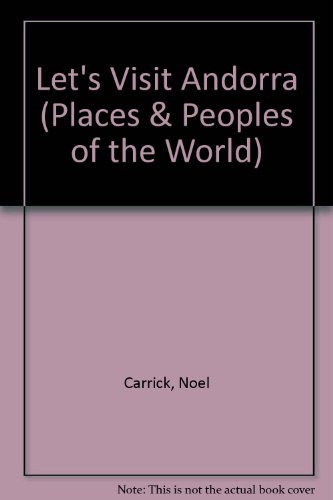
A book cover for Andorra (Places & Peoples of the World); Noel Carrick; Travel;